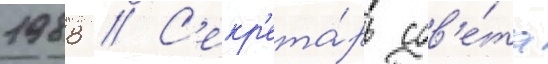
1988 // С'екр'ета́рь сов'е́та